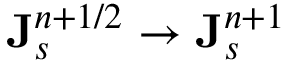
{ \bf J } _ { s } ^ { n + 1 / 2 } \rightarrow { \bf J } _ { s } ^ { n + 1 }